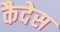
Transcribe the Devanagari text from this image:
कैदेस